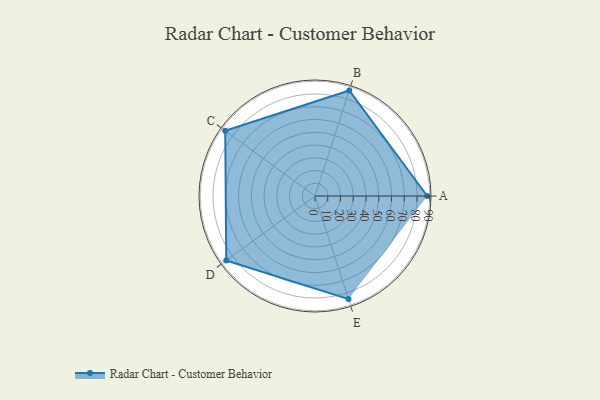
{"axis": {"x": "Skill", "y": "Score"}, "legend": ["Profile"], "data": [{"x": "A", "y": 88.0, "type": "Profile"}, {"x": "B", "y": 87.0, "type": "Profile"}, {"x": "C", "y": 87.0, "type": "Profile"}, {"x": "D", "y": 86.0, "type": "Profile"}, {"x": "E", "y": 85.0, "type": "Profile"}]}